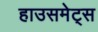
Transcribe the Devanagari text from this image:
हाउसमेट्स